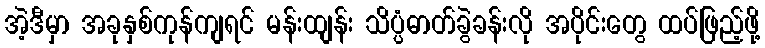
အဲ့ဒီမှာ အခုနှစ်ကုန်ကျရင် မန်းထျန်း သိပ္ပံဓာတ်ခွဲခန်းလို အပိုင်းတွေ ထပ်ဖြည့်ဖို့